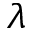
\lambda